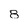
Character: 8